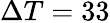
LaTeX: \Delta T=33